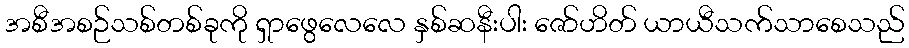
အစီအစဉ်သစ်တစ်ခုကို ရှာဖွေလေလေ နှစ်ဆနီးပါး ဇော်ဟိတ် ယာယီသက်သာစေသည်